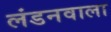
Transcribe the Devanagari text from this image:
लंडनवाला